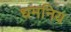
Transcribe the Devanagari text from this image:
धमनिय